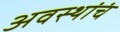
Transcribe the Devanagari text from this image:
अवस्थांचं